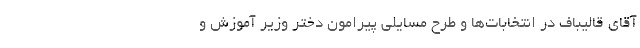
آقای قالیباف در انتخابات‌ها و طرح مسایلی پیرامون دختر وزیر آموزش و